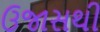
ઉજાસથી